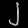
Digit: ၂